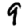
Digit: 9